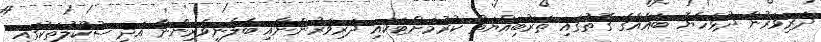
ދަރިވަރުން ދުޅަހެޔޮ ބައެއްގެ ގޮތުގައި ތަރުބިއްޔަތު ކުރުމަށްޓަކައި ދަރިވަރުންނާއި ބެލެނިވެރިންނާ އަދި ސުކޫލުތަކުގައި